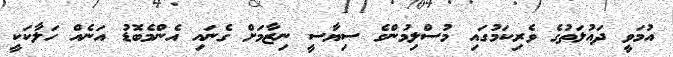
އުމަވީ ދައުލަތުގެ ވެރިކަމުގައި މުސްލިމުންގެ ސިޔާސީ ނިޒާމަށް ގެނައި އެންމެބޮޑު އަނެއް ހަލާކަކީ